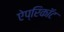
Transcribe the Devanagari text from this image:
ऐप्रिकॉट